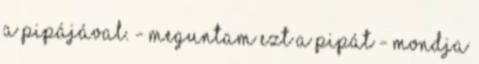
a pipájával. - Meguntam ezt a pipát - mondja